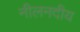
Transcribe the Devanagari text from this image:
नीलनदीय